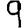
Digit: 9